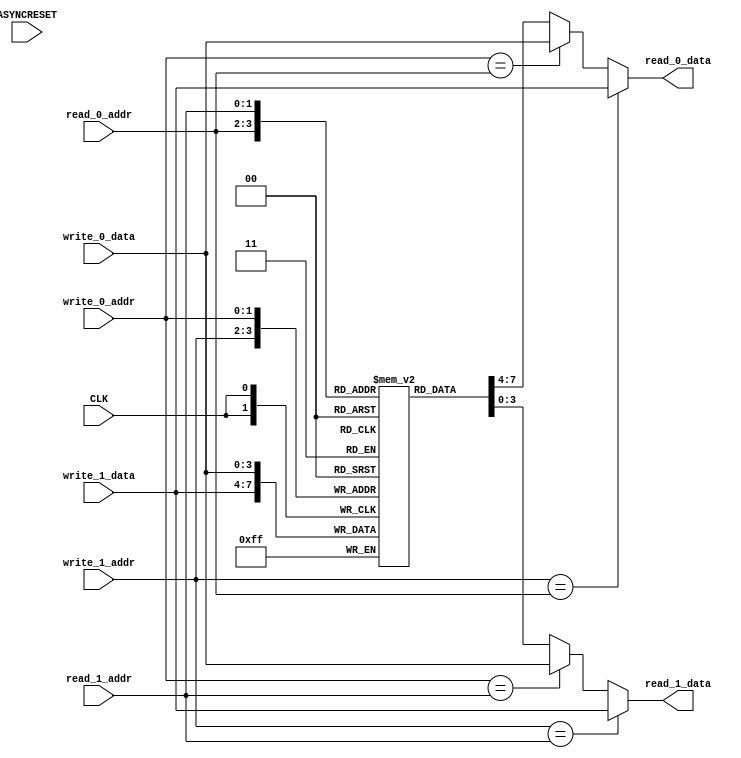
module my_regfile (
    input ASYNCRESET,
    input CLK,
    input [1:0] read_0_addr,
    output [3:0] read_0_data,
    input [1:0] read_1_addr,
    output [3:0] read_1_data,
    input [1:0] write_0_addr,
    input [3:0] write_0_data,
    input [1:0] write_1_addr,
    input [3:0] write_1_data
);

reg [3:0] data [3:0];
always @(posedge CLK) begin
    data[write_0_addr] <= write_0_data;
    data[write_1_addr] <= write_1_data;
end
assign read_0_data = write_1_addr == read_0_addr ? write_1_data : write_0_addr == read_0_addr ? write_0_data : data[read_0_addr];
assign read_1_data = write_1_addr == read_1_addr ? write_1_data : write_0_addr == read_1_addr ? write_0_data : data[read_1_addr];


endmodule

module test_regfile_two_ports_verilog (
    input [1:0] write_addr0,
    input [3:0] write_data0,
    input [1:0] write_addr1,
    input [3:0] write_data1,
    input [1:0] read_addr0,
    output [3:0] read_data0,
    input [1:0] read_addr1,
    output [3:0] read_data1,
    input CLK,
    input ASYNCRESET
);
wire [3:0] my_regfile_read_0_data;
wire [3:0] my_regfile_read_1_data;
my_regfile my_regfile (
    .ASYNCRESET(ASYNCRESET),
    .CLK(CLK),
    .read_0_addr(read_addr0),
    .read_0_data(my_regfile_read_0_data),
    .read_1_addr(read_addr1),
    .read_1_data(my_regfile_read_1_data),
    .write_0_addr(write_addr0),
    .write_0_data(write_data0),
    .write_1_addr(write_addr1),
    .write_1_data(write_data1)
);
assign read_data0 = my_regfile_read_0_data;
assign read_data1 = my_regfile_read_1_data;
endmodule